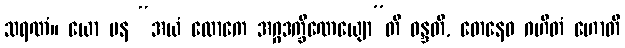
သရဏံ။ ယော ပန “အယံ လောကေ အဂ္ဂဒက္ခိဏေယျော”တိ ဝန္ဒတိ, တေနေဝ ဂဟိတံ ဟောတိ